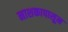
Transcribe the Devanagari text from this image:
नाशकापासून